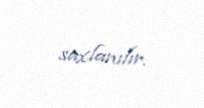
saxlanılır.